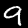
Label: 9